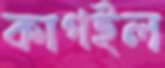
কাগইল